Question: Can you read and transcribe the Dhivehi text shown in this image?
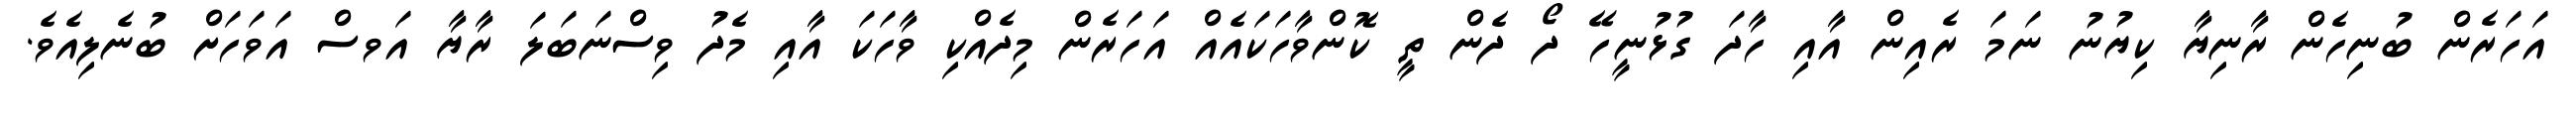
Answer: އަހަރެން ބުނިހެން ރާނިޔާ ކިޔުނު ނަމަ ރެއިން އާއި ހާދަ ގުޅުނީހޭ ދޯ ދެން ތީ ކޮންވާހަކައެއް އަހަރެން މިދެއްކި ވާހަކަ އާއި މެދު ވިސްނަބަލަ ރާޔާ އަވސް އަވަހަށް ބުނެލިއެވެ.